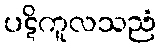
ပဋိကူလသညံ